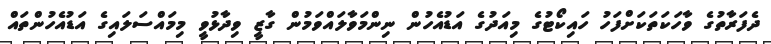
ދެފަރާތުގެ ވާހަކަތަކަށްފަހު ހައިކޯޓުގެ މިއަދުގެ އަޑުއެހުން ނިންމަވާލައްވަމުން ގާޒީ ވިދާޅުވީ މިމައްސަލައިގެ އަޑުއެހުންތައް